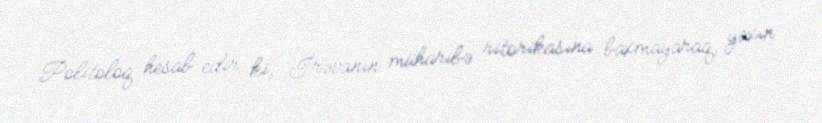
Politoloq hesab edir ki, İrəvanın müharibə ritorikasına baxmayaraq, yaxın